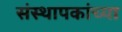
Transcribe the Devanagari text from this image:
संस्थापकांच्या